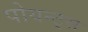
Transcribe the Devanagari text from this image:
पोयन्ट्‌स